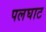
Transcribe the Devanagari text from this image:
पलघाट